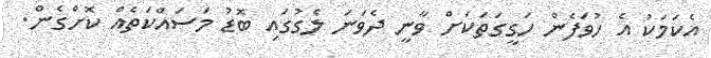
އެކަމަކު އެ ހުވަފެން ހަގީގަތަކަށް ވާނީ ދެވަނަ ލެގުގައި ބޮޑު މަސައްކަތެއް ކޮށްގެން.